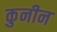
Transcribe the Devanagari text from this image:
कुनीन